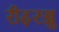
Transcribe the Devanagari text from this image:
रीढ़रज्जु